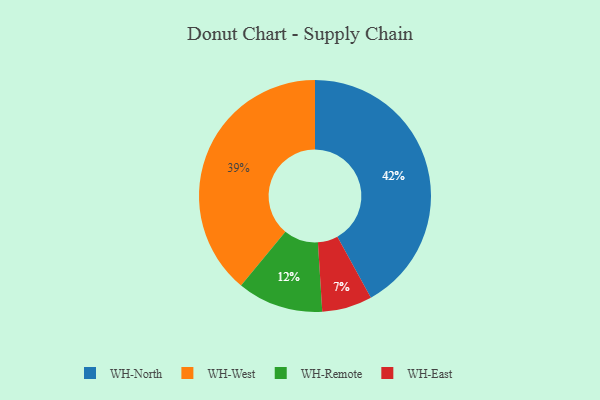
{"axis": {"x": "Category", "y": "Percentage"}, "legend": ["WH-East", "WH-North", "WH-Remote", "WH-West"], "data": [{"x": "WH-Remote", "y": 12, "type": "WH-Remote"}, {"x": "WH-East", "y": 7, "type": "WH-East"}, {"x": "WH-West", "y": 39, "type": "WH-West"}, {"x": "WH-North", "y": 42, "type": "WH-North"}]}